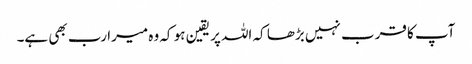
آپ کا قرب نہیں بڑھا کہ اللہ پر یقین ہو کہ وہ میرا رب بھی ہے۔